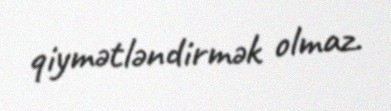
qiymətləndirmək olmaz.